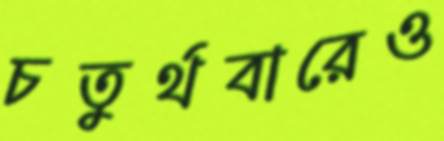
চতুর্থবারেও